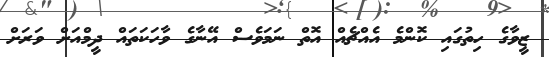
ޒީވާގެ ހިތުގައި ކޮންމެ އެއްޗެއް އޮތް ނަމަވެސް އޭނާގެ ވާހަކަތައް ދީމްއަށް ވަރަށް